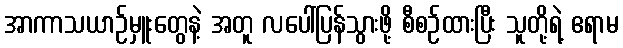
အာကာသယာဉ်မှူးတွေနဲ့ အတူ လပေါ်ပြန်သွားဖို့ စီစဉ်ထားပြီး သူတို့ရဲ့ ဧရာမ